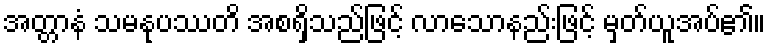
အတ္တာနံ သမနုပဿတိ အစရှိသည်ဖြင့် လာသောနည်းဖြင့် မှတ်ယူအပ်၏။